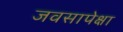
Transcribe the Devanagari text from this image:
जवसापेक्षा